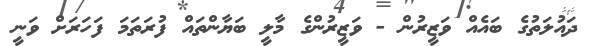
ދައުލަތުގެ ބައެއް ވަޒީރުން - ވަޒީރުންގެ މާލީ ބަޔާންތައް ފުރަތަމަ ފަހަރަށް ވަނީ